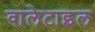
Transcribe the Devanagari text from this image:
वालेटाइल